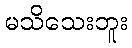
မသိသေးဘူး